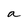
Character: a